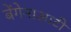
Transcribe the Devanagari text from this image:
बेंगेनाआटी